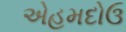
એહમદોઉ